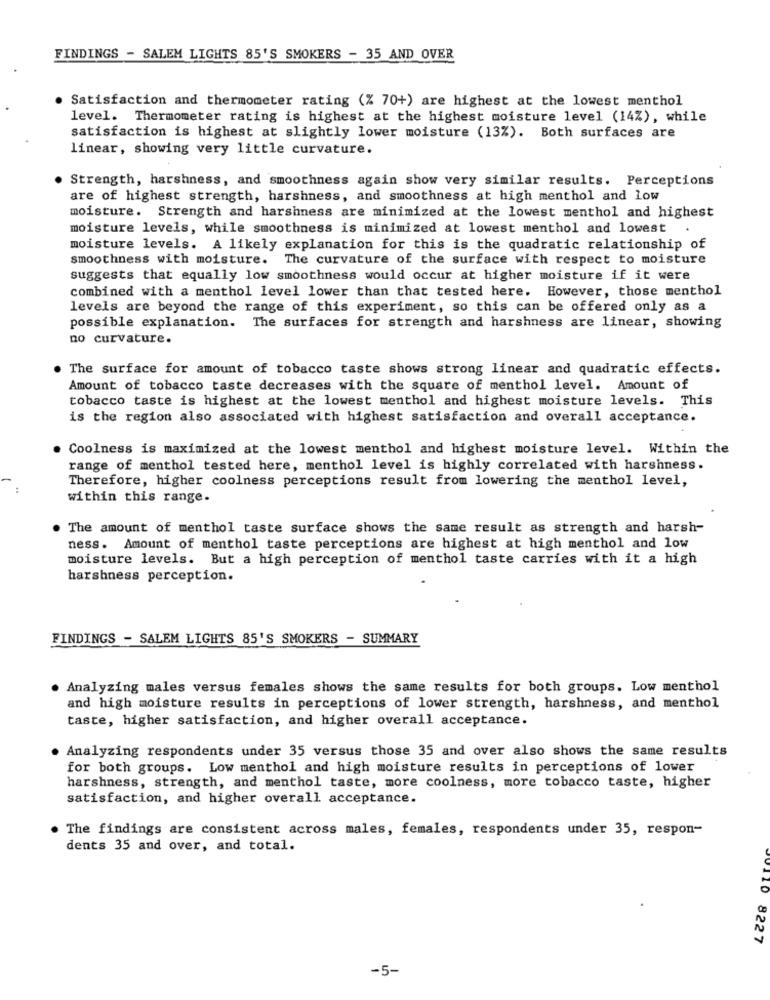
FINDINGS - SALEM LIGHTS 85'S SMOKERS - 35 AND OVER
Satisfaction and thermometer rating (% 70+) are highest at the lowest menthol
level. Thermometer rating is highest at the highest moisture level (14%), while
satisfaction is highest at slightly lower moisture (13%). Both surfaces are
linear, showing very little curvature.
Strength, harshness, and smoothness again show very similar results. Perceptions
are of highest strength, harshness, and smoothness at high menthol and low
moisture. Strength and harshness are minimized at the lowest menthol and highest
moisture levels, while smoothness is minimized at lowest menthol and lowest
moisture levels. A likely explanation for this is the quadratic relationship of
smoothness with moisture. The curvature of the surface with respect to moisture
suggests that equally low smoothness would occur at higher moisture if it were
combined with a menthol level lower than that tested here. However, those menthol
levels are beyond the range of this experiment, so this can be offered only as a
possible explanation. The surfaces for strength and harshness are linear, showing
no curvature.
. The surface for amount of tobacco taste shows strong linear and quadratic effects.
Amount of tobacco taste decreases with the square of menthol level. Amount of
tobacco taste is highest at the lowest menthol and highest moisture levels. This
is the region also associated with highest satisfaction and overall acceptance.
Coolness is maximized at the lowest menthol and highest moisture level. Within the
range of menthol tested here, menthol level is highly correlated with harshness.
Therefore, higher coolness perceptions result from lowering the menthol level,
within this range.
The amount of menthol taste surface shows the same result as strength and harsh-
ness. Amount of menthol taste perceptions are highest at high menthol and low
moisture levels. But a high perception of menthol taste carries with it a high
harshness perception.
FINDINGS - SALEM LIGHTS 85'S SMOKERS - SUMMARY
Analyzing males versus females shows the same results for both groups. Low menthol
and high moisture results in perceptions of lower strength, harshness, and menthol
taste, higher satisfaction, and higher overall acceptance.
Analyzing respondents under 35 versus those 35 and over also shows the same results
for both groups. Low menthol and high moisture results in perceptions of lower
harshness, strength, and menthol taste, more coolness, more tobacco taste, higher
satisfaction, and higher overall acceptance.
. The findings are consistent across males, females, respondents under 35, respon-
dents 35 and over, and total.
0110 8227
-5-